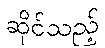
ဆိုင်သည့်